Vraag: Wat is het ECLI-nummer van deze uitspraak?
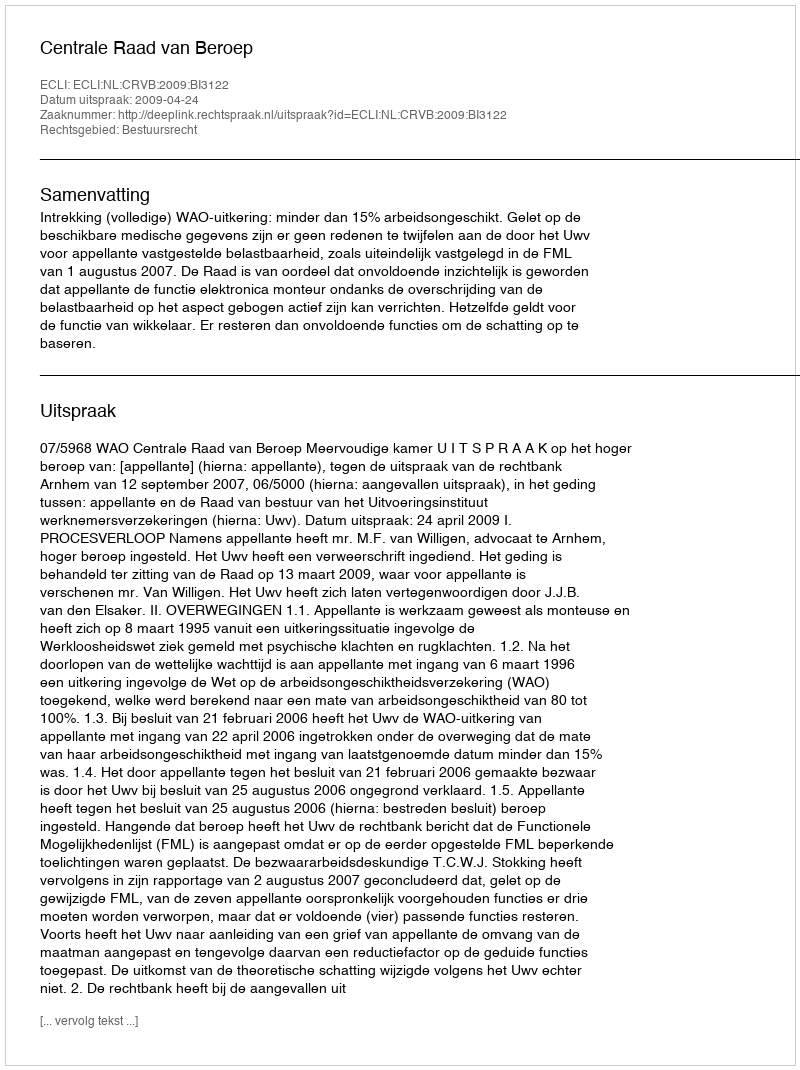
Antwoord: ECLI:NL:CRVB:2009:BI3122